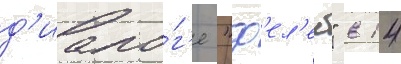
д'иало́г'е "ф'ел'еб" в 14